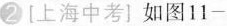
2[上海中考}如图11-